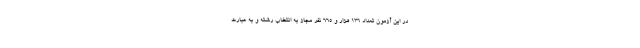
در این آزمون تعداد ۱۳۶ هزار و ۶۶۵ نفر مجاز به انتخاب رشته و به عبارت